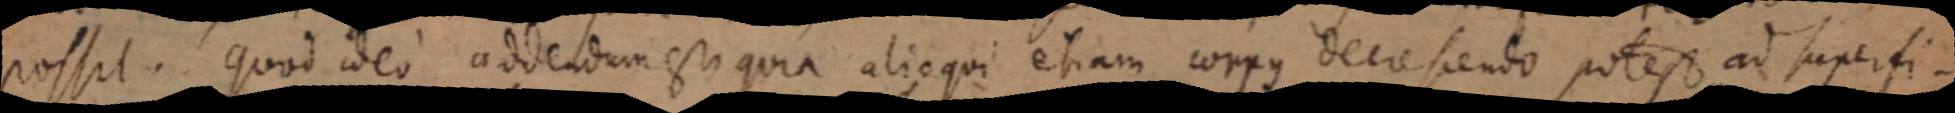
possit. quod ideo addendum est quia alioqui etiam corpus decrescendo potest, ad superfi